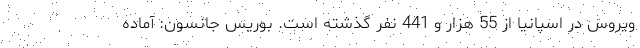
ویروس در اسپانیا از 55 هزار و 441 نفر گذشته است. بوریس جانسون:‌ آماده